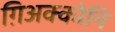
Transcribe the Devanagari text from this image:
ग़िअक्कोनि